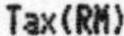
TAX(RM)